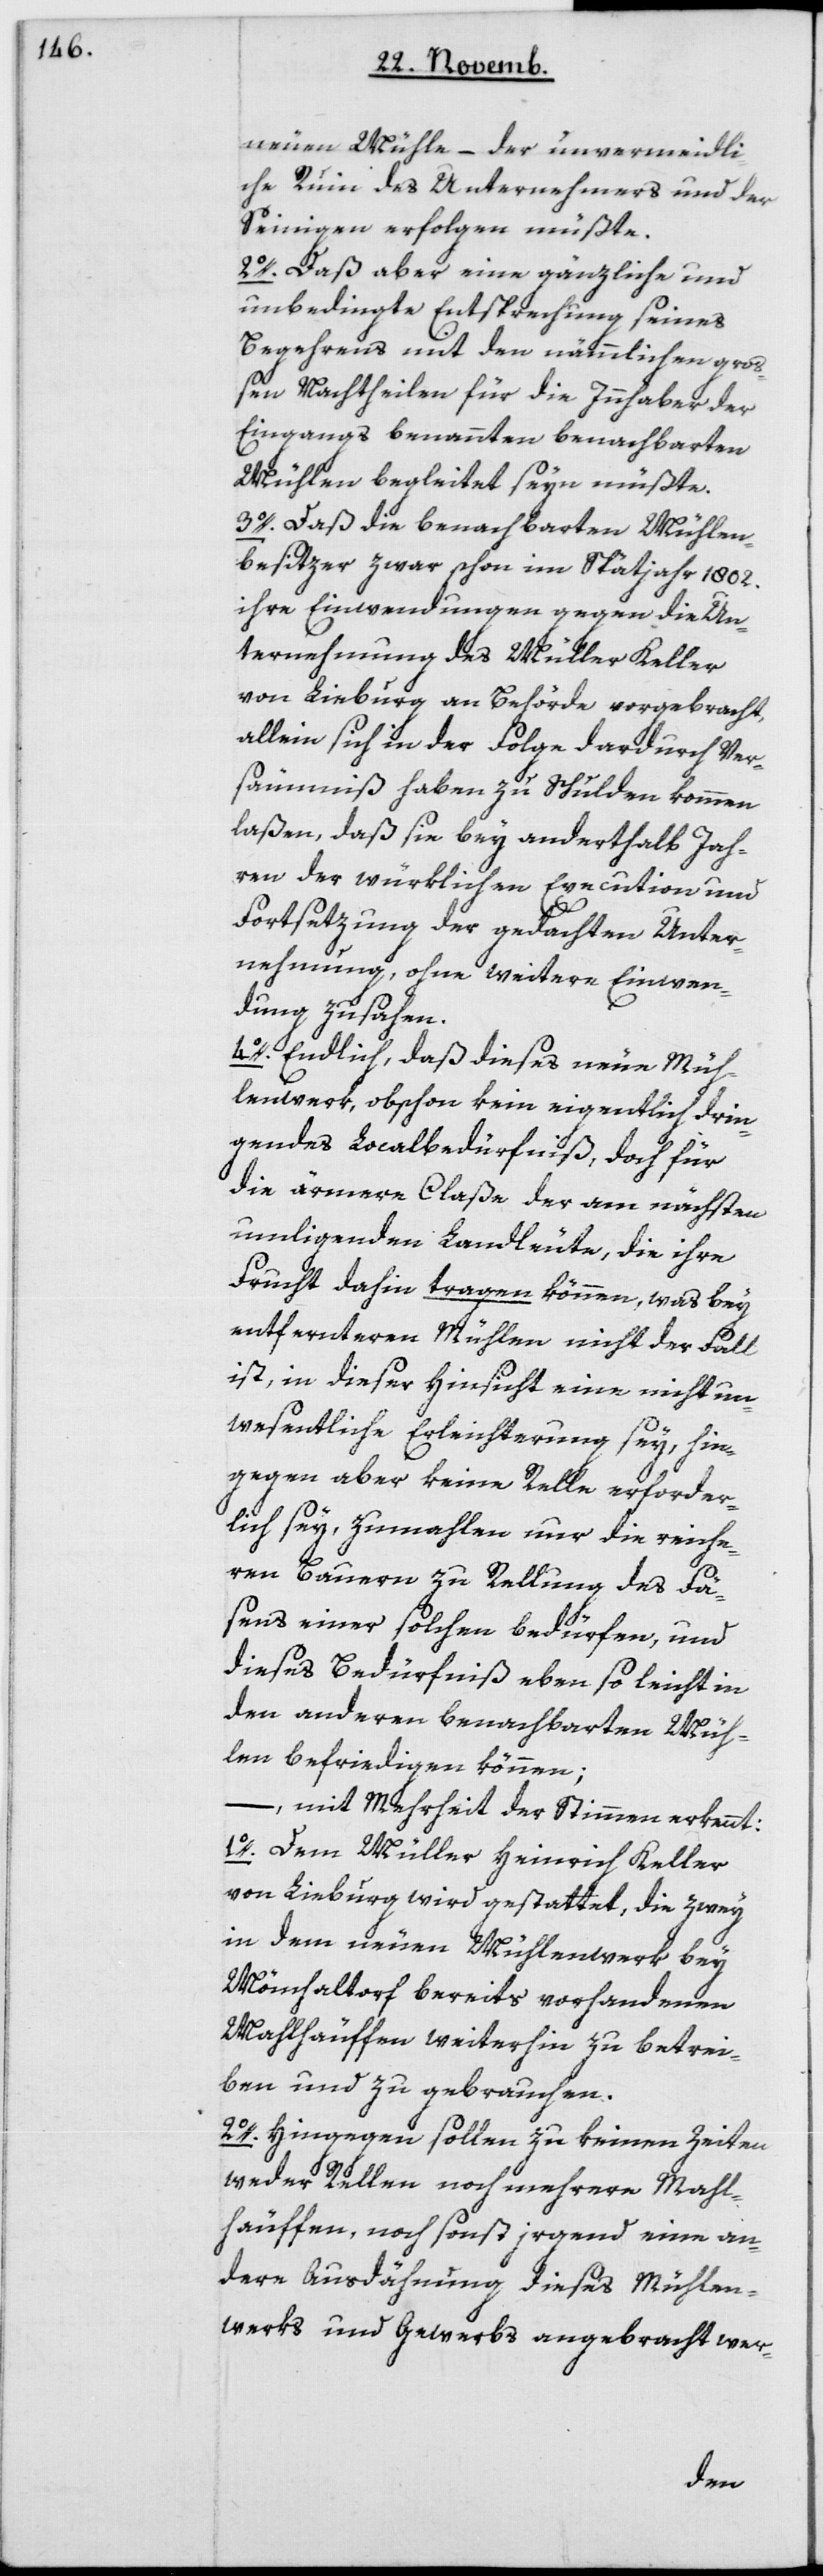
neuen Mühle, – der unvermeidli¬
che Ruin des Unternehmers und der
Seinigen erfolgen müßte.
2. Daß aber eine gänzliche und
unbedingte Entsprechung seines
Begehrens mit den nämlichen groß¬
en Nachtheilen für die Innhaber der
eingangs benannten benachbarten
Mühlen begleitet seyn müßte.
3. Daß die benachbarten Mühlen¬
besitzer zwar schon im Spätjahr 1802
ihre Einwendungen gegen die Un¬
ternehmung des Müller Keller
von Lieburg an Behörde vorgebracht,
allein sich in der Folge dardurch Ver¬
säumnis haben zu Schulden kommen
laßen, daß sie bey anderthalb Jah¬
ren der würklichen Execution und
Fortsetzung der gedachten Unter¬
nehmung, ohne weitere Einwen¬
dung zusahen.
4. Endlich, daß dieses neue Müh¬
lenwerk, obschon kein eigentlich drin¬
gendes Localbedürfnis, doch für
die ärmere Claße der am nächsten
umliegenden Landleute, die ihre
Frucht dahin tragen können, was bey
entfernteren Mühlen nicht der Fall
ist, in dieser Hinsicht eine nicht un¬
wesentliche Erleichterung sey, hin¬
gegen aber keine Relle erforder¬
lich sey, zumahlen nur die reiche¬
ren Bauern zu Rellung des Fä¬
sens einer solchen bedürfen, und
dieses Bedürfniß eben so leicht in
den anderen benachbarten Müh¬
len befriedigen können;
mit Mehrheit der Stimmen erkennt:
1. Dem Müller Heinrich Keller
von Lieburg wird gestattet, die zwey
in dem neuen Mühlenwerk bey
Mönchaltorf bereits vorhandenen
Mahlhäuffen weiterhin zu betrei¬
ben und zu gebrauchen.
2. Hingegen sollen zu keinen Zeiten
weder Rellen noch mehrere Mahl¬
häuffen, noch sonst irgend eine an¬
dere Ausdähnung dieses Mühlen¬
werks und Gewerbs angebracht wer-